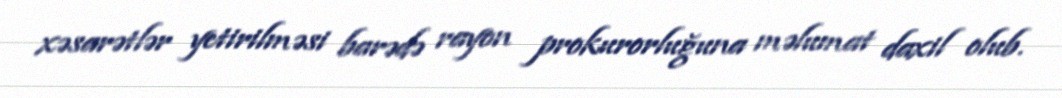
xəsarətlər yetirilməsi barədə rayon prokurorluğuna məlumat daxil olub.